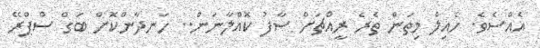
އެއްސެވެ. ހެއިލް މިތަން ތެރެ ރީއްޗަށް ސާފު ކޮއްލާނަން.. ހަނދާންކޮށް ބަގް ސްޕްރޭ